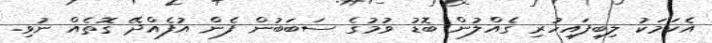
އެކަމަކު ލިބިފައިހުރި ގެއްލުން ބޮޑު ވުމުގެ ސަބަބުން ފެން އުފެއްދޭ ގޮތެއް ނުވި.